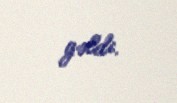
gəldi.